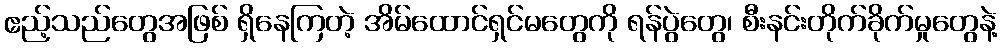
ဧည့်သည်တွေအဖြစ် ရှိနေကြတဲ့ အိမ်ထောင်ရှင်မတွေကို ရန်ပွဲတွေ၊ စီးနင်းတိုက်ခိုက်မှုတွေနဲ့